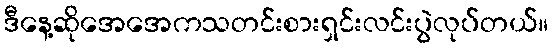
ဒီနေ့ဆိုအေအေကသတင်းစားရှင်းလင်းပွဲလုပ်တယ်။